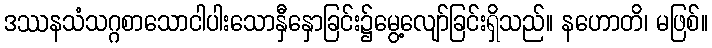
ဒဿနသံသဂ္ဂစာသောငါပါးသောနှီနှောခြင်း၌မွေ့လျော်ခြင်းရှိသည်။ နဟောတိ၊ မဖြစ်။